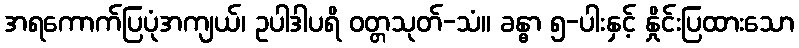
အရကောက်ပြပုံအကျယ်၊ ဥပါဒါပရိ ဝတ္တသုတ်-သံ။ ခန္ဓာ ၅-ပါးနှင့် နှိုင်းပြထားသော